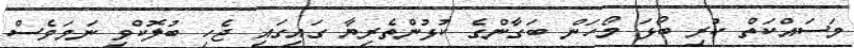
މަސައްކަތް ކުރި ބޯޅަ މޯހަން ބަގާންގެ ކުޅުންތެރިޔާ ގައިގައި ޖެހި ބުލޮކްވި ނަމަވެސް